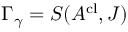
\Gamma _ { \gamma } = S ( A ^ { \mathrm { c l } } , J ) \;